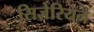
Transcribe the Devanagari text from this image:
सिज़ेरियन